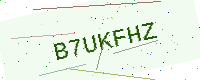
Text: B7UKFHZ